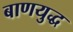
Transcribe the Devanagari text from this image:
बाणयुद्ध